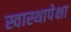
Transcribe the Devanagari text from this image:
स्वास्थापेक्षा